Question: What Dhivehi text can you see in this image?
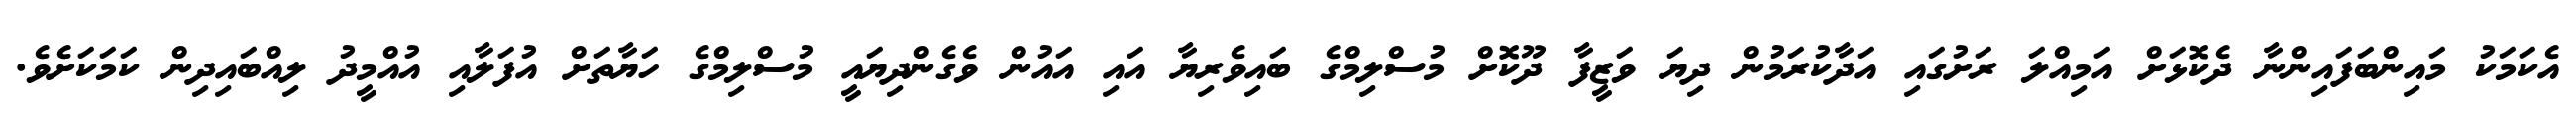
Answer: އެކަމަކު މައިންބަފައިންނާ ދެކޮޅަށް އަމިއްލަ ރަށުގައި އަދާކުރަމުން ދިޔަ ވަޒީފާ ދޫކޮށް މުސްލިމްގެ ބައިވެރިޔާ އައި އައުން ވެގެންދިޔައީ މުސްލިމްގެ ހަޔާތަށް އުފަލާއި އުއްމީދު ލިއްބައިދިން ކަމަކަށެވެ.